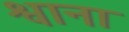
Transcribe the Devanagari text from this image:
श्वाना